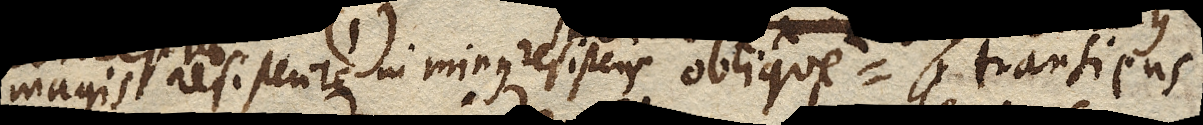
magis resistente in minus resistens oblique transiens